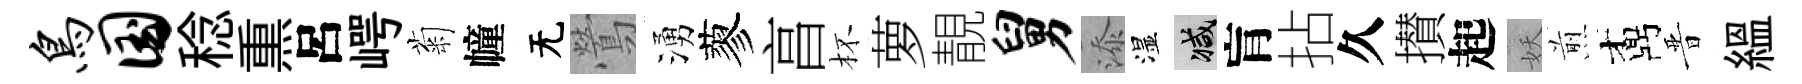
鸟国稔𤋱呂崿菊幢无鶯湧蓼亯杯萝靚舅添湿减肓拈久攅起妖煎鼒晋緼